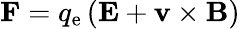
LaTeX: \mathbf{F}=q_{\mathrm{e}}\left(\mathbf{E}+\mathbf{v}\times\mathbf{B}\right)